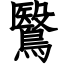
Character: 鷖